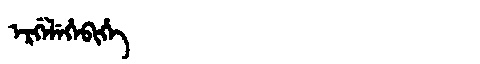
Manchu: ᡝᡵᡤᡝᠯᡝᡥᡝᠪᡳᡥᡝ
Romanization: ERGELEHEBIHE